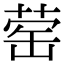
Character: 䓨